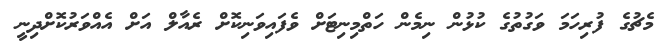
މެޗުގެ ފުރިހަމަ ވަގުތުގެ ކުޅުން ނިމެން ހަތްމިނިޓަށް ވެފައިވަނިކޮށް ރެއާލް އަށް އެއްވަރުކޮށްދިނީ